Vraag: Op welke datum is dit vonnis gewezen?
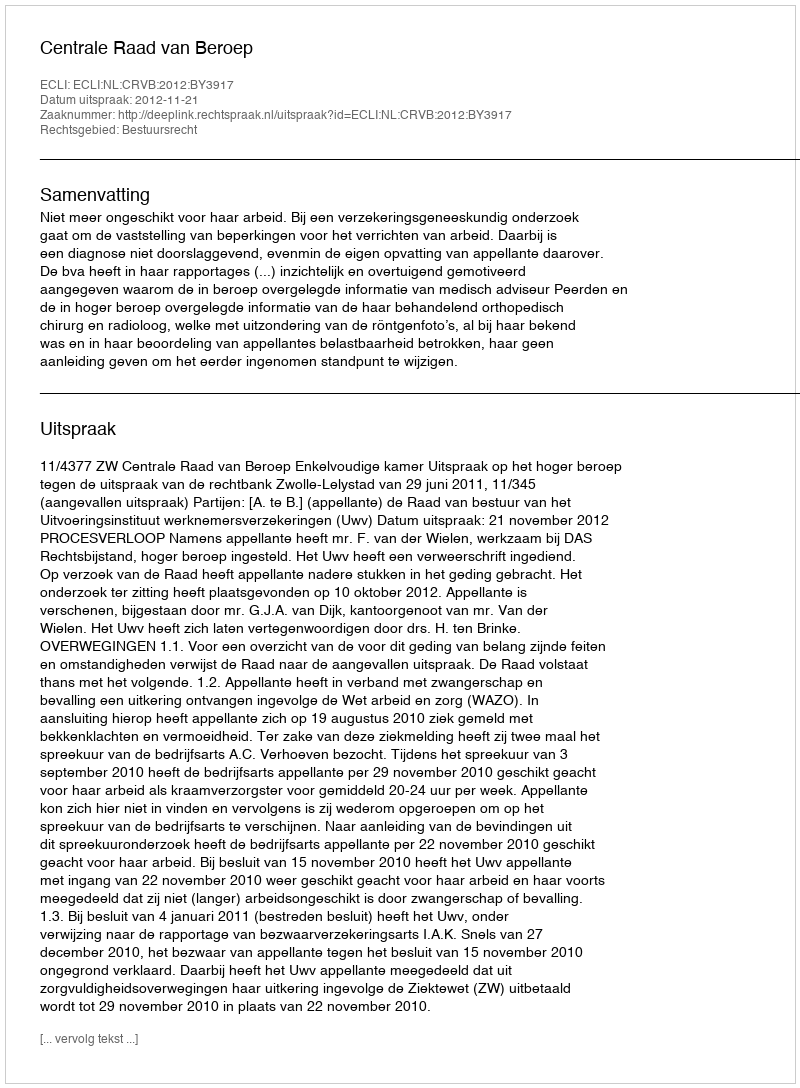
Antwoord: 2012-11-21